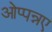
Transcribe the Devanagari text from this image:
ओप्पन्नए